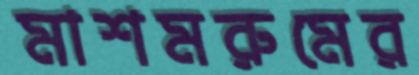
মাশমরুমের